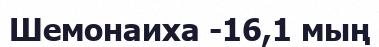
Шемонаиха -16,1 мың